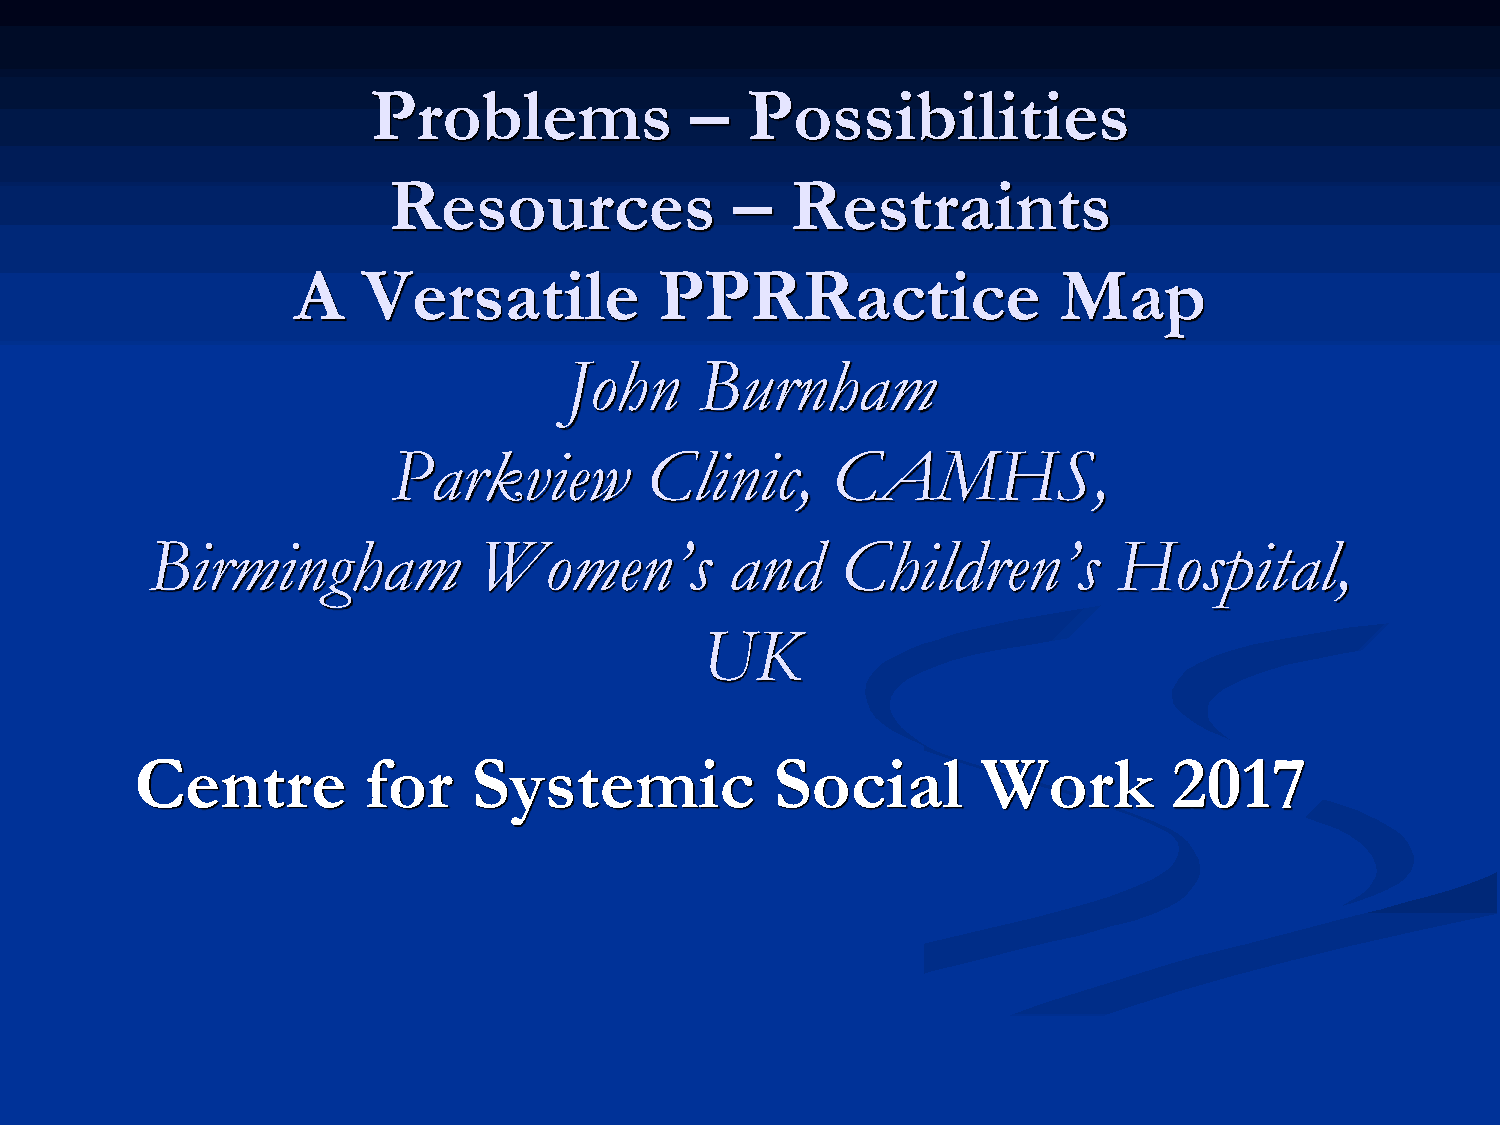
Problems             –  Possibilities
 Resources              –  Restraints
 A    Versatile           PPRRactice                Map
 John     Burnham
 Parkview         Clinic,     CAMHS,
 Birmingham            Women’s         and     Children’s        Hospital,
 UK
 Centre         for    Systemic            Social        Work         2017